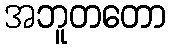
အဘူတတော